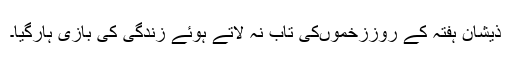
ذیشان ہفتہ کے روززخموںکی تاب نہ لاتے ہوئے زندگی کی بازی ہارگیا۔